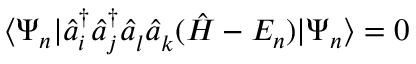
\langle \Psi _ { n } | { \hat { a } } _ { i } ^ { \dagger } { \hat { a } } _ { j } ^ { \dagger } { \hat { a } } _ { l } ^ { } { \hat { a } } _ { k } ^ { } ( { \hat { H } } - E _ { n } ) | \Psi _ { n } \rangle = 0